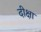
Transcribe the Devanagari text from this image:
दीक्षा